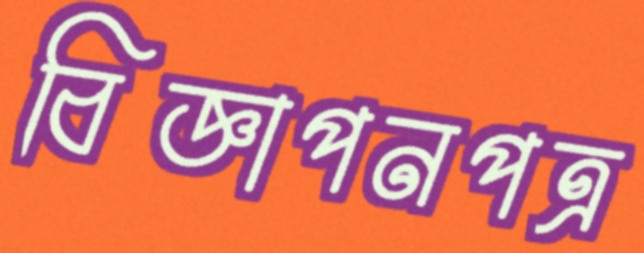
বিজ্ঞাপনপত্র